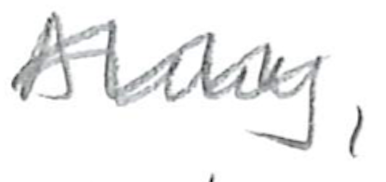
Text: Army,
Cross-out: wave
Writing tool: pencil